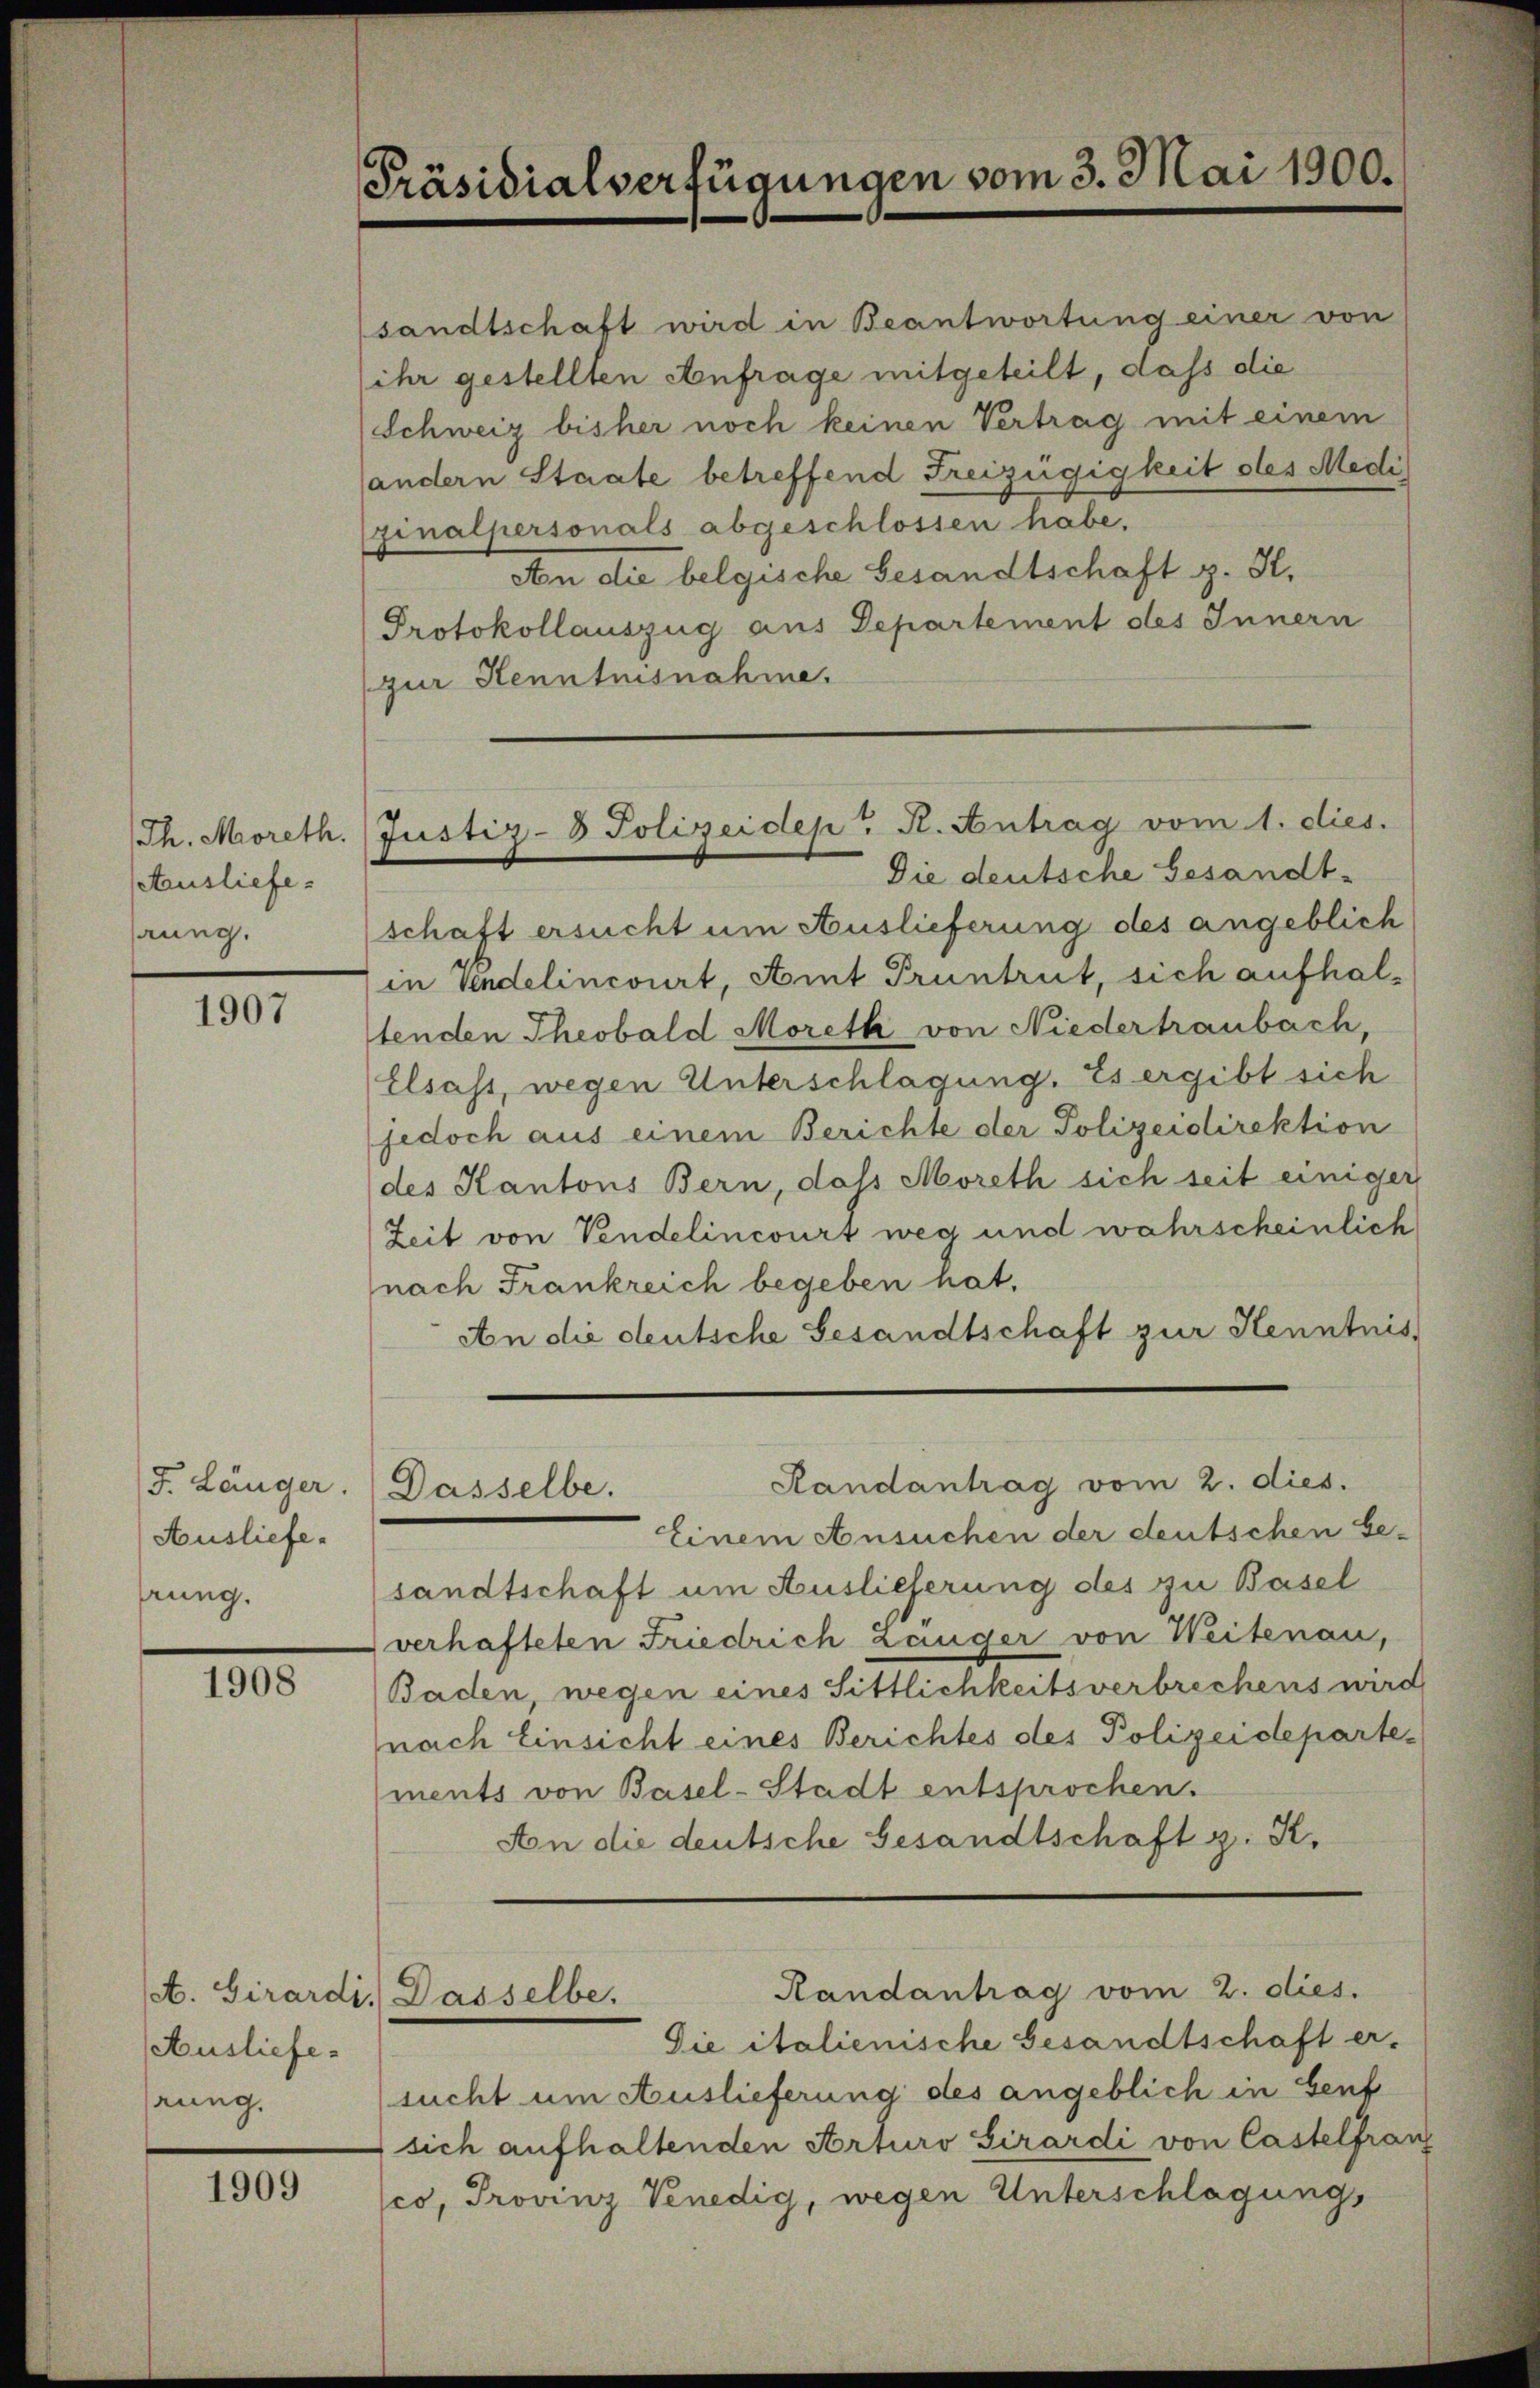
Th. Moreth.
Ausliefe.
hrung.

1907

F. Länger.
Ausliefe.
hrung.

1908

Ausliefe.
rung.

1909

Präsidialverfügungen vom 3. Mai 1906.

Justiz- & Polizeidep. R. Antrag vom 1. dies.

sandtschaft wird in Beantwortung einer von
ihr gestellten Anfrage mitgeteilt, dass die
Schweiz bisher noch keinen Vertrag mit einem
andern Staate betreffend Freizügigkeit des Medi
ginalpersonals abgeschlossen habe.
An die belgische Besandtschaft z. H.
Protokollauszug aus Departement des Innern
(zur Kenntnisnahme.
Die deutsche Gesandtschaft ersucht um Auslieferung des angeblich
in Vendelincourt, Amt Pruntrut, sich aufhaltenden Theobald Moreth von Niedertraubach,
Elsass, wegen Unterschlagung. Es ergibt sich
jedoch aus einem Berichte der Polizeidirektion
des Kantons Bern, dass Moreth sich seit einiger
Zeit von Vendelincourt weg und wahrscheinlich
nach Frankreich begeben hat.
An die deutsche Gesandtschaft zur Kenntnis
Randantrag vom 2. dies.
Dasselbe.
Einem Ansuchen der deutschen Ge-
sandtschaft um Auslieferung des zu Basel
verhafteten Friedrich Langer von Weitenau,
Baden, wegen eines Sittlichkeitsverbrechens wird
nach Einsicht eines Berichtes des Polizeideparte,
ments von Basel-Stadt entsprochen.
An die deutsche Gesandtschaft z. R.

Randantrag vom 2. dies.
. Girardi. Dasselbe.

Die italienische Gesandtschaft er-
sucht um Auslieferung des angeblich in Genf
sich aufhaltenden Arturo Girardi von Castelfranz
co, Provinz Venedig, wegen Unterschlagungs